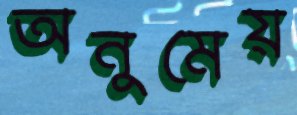
অনুমেয়